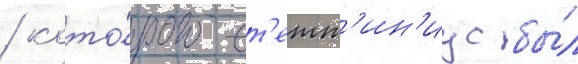
/ кото́рого ст'етт'ин'иус бы́л